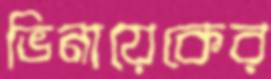
ভিনায়েকের